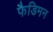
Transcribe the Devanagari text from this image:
फैडिमन